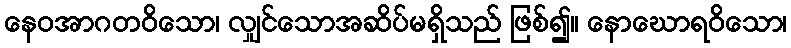
နေဝအာဂတဝိသော၊ လျှင်သောအဆိပ်မရှိသည် ဖြစ်၍။ နောဃောရဝိသော၊